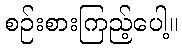
စဉ်းစားကြည့်ပေါ့။